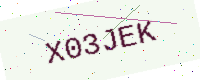
Text: X03JEK